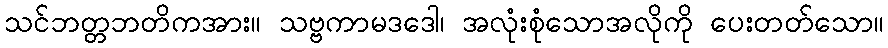
သင်ဘတ္တဘတိကအား။ သဗ္ဗကာမဒဒေါ၊ အလုံးစုံသောအလိုကို ပေးတတ်သော။